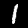
Label: 1